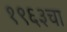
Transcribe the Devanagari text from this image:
१९६३चा